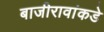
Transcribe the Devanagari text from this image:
बाजीरावांकडे